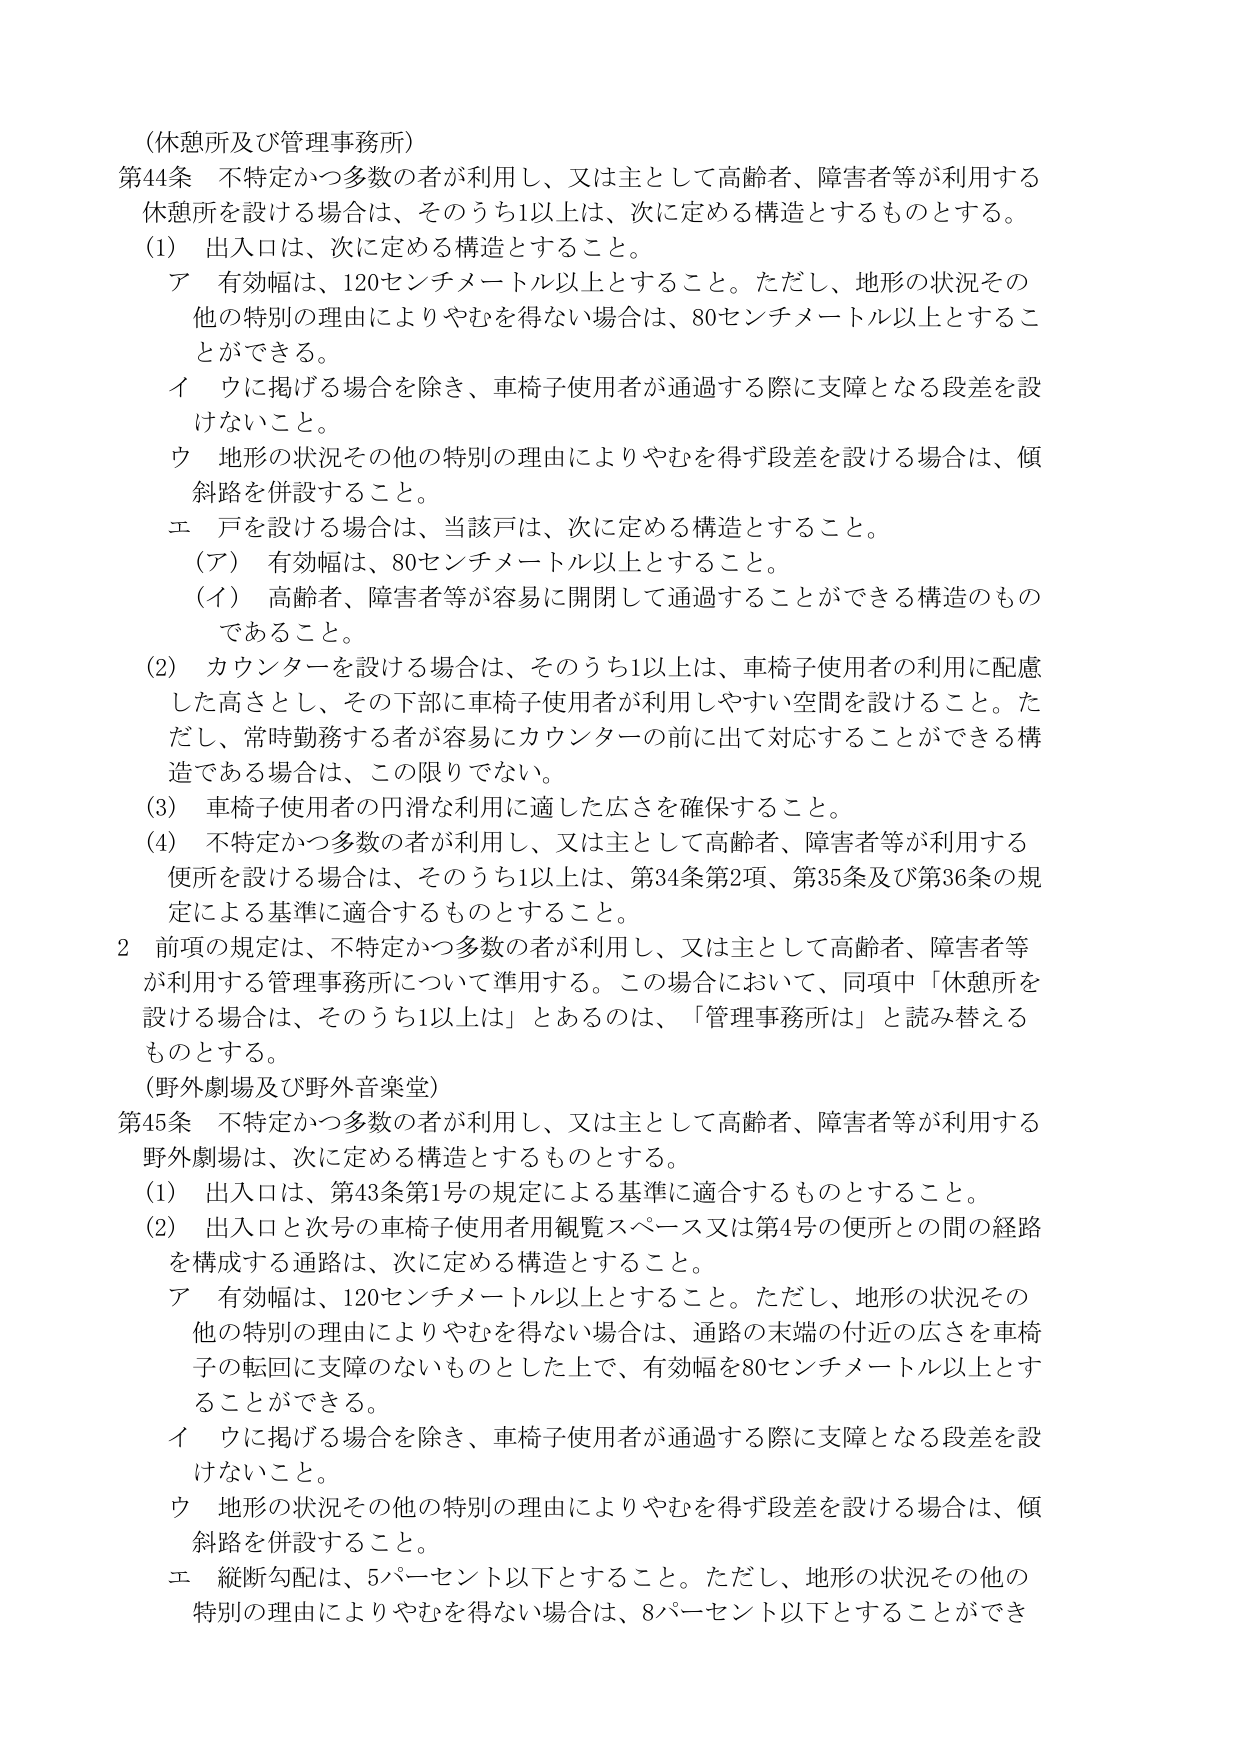
（休憩所及び管理事務所）
第44条 不特定かつ多数の者が利用し、又は主として高齢者、障害者等が利用する
休憩所を設ける場合は、そのうち1以上は、次に定める構造とするものとする。
（1） 出入口は、次に定める構造とすること。
　ア 有効幅は、120センチメートル以上とすること。ただし、地形の状況その
　他の特別の理由によりやむを得ない場合は、80センチメートル以上とするこ
　とができる。
　イ ウに掲げる場合を除き、車椅子使用者が通過する際に支障となる段差を設
　けないこと。
　ウ 地形の状況その他の特別の理由によりやむを得ず段差を設ける場合は、傾
　斜路を併設すること。
　エ 戸を設ける場合は、当該戸は、次に定める構造とすること。
　　（ア） 有効幅は、80センチメートル以上とすること。
　　（イ） 高齢者、障害者等が容易に開閉して通過することができる構造のもの
　　であること。
（2） カウンターを設ける場合は、そのうち1以上は、車椅子使用者の利用に配慮
　した高さとし、その下部に車椅子使用者が利用しやすい空間を設けること。た
　だし、常時勤務する者が容易にカウンターの前に出て対応することができる構
　造である場合は、この限りでない。
（3） 車椅子使用者の円滑な利用に適した広さを確保すること。
（4） 不特定かつ多数の者が利用し、又は主として高齢者、障害者等が利用する
　便所を設ける場合は、そのうち1以上は、第34条第2項、第35条及び第36条の規
　定による基準に適合するものとすること。
2 前項の規定は、不特定かつ多数の者が利用し、又は主として高齢者、障害者等
　が利用する管理事務所について準用する。この場合において、同項中「休憩所を
　設ける場合は、そのうち1以上は」とあるのは、「管理事務所は」と読み替える
　ものとする。
（野外劇場及び野外音楽堂）
第45条 不特定かつ多数の者が利用し、又は主として高齢者、障害者等が利用する
野外劇場は、次に定める構造とするものとする。
（1） 出入口は、第43条第1号の規定による基準に適合するものとすること。
（2） 出入口と次号の車椅子使用者観覧スペース又は第4号の便所との間の経路
　を構成する通路は、次に定める構造とすること。
　ア 有効幅は、120センチメートル以上とすること。ただし、地形の状況その
　他の特別の理由によりやむを得ない場合は、通路の末端の付近の広さを車椅
　子の転回に支障のないものとした上で、有効幅を80センチメートル以上とす
　ることができる。
　イ ウに掲げる場合を除き、車椅子使用者が通過する際に支障となる段差を設
　けないこと。
　ウ 地形の状況その他の特別の理由によりやむを得ず段差を設ける場合は、傾
　斜路を併設すること。
　エ 縦断勾配は、5パーセント以下とすること。ただし、地形の状況その他の
　特別の理由によりやむを得ない場合は、8パーセント以下とすることができ